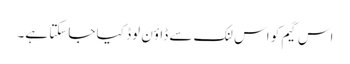
اس گیم کو اس لنک سے ڈاؤن لوڈ کیا جاسکتا ہے۔